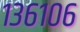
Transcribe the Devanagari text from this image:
१३६१०६